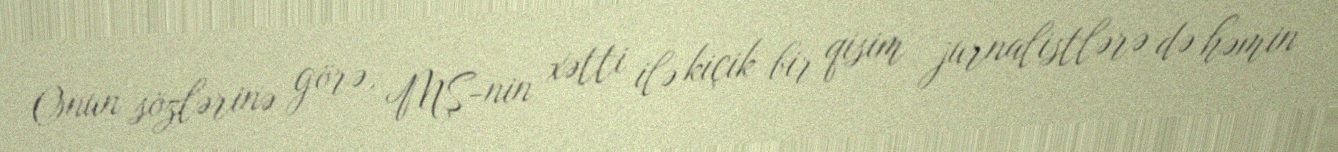
Onun sözlərinə görə, MŞ-nin xətti ilə kiçik bir qisim jurnalistlərə də həmin